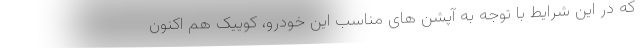
که در این شرایط با توجه به آپشن های مناسب این خودرو، کوییک هم اکنون